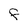
Character: F